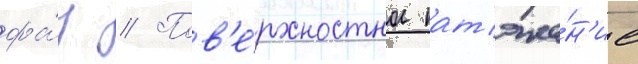
фа́з // Пов'е́рхностное нат'яже́н'ие